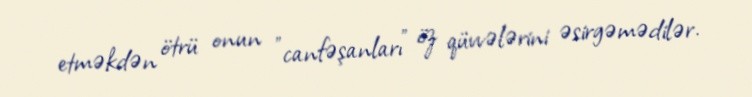
etməkdən ötrü onun "canfəşanları" öz qüvvələrini əsirgəmədilər.